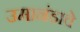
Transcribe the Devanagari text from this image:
उमानंडाचे